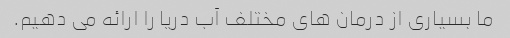
ما بسیاری از درمان های مختلف آب دریا را ارائه می دهیم.